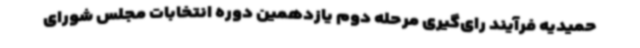
حمیدیه فرآیند رای‌گیری مرحله دوم یازدهمین دوره انتخابات مجلس شورای